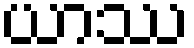
ယာဿ